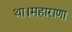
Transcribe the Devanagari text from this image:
था।महाराणा